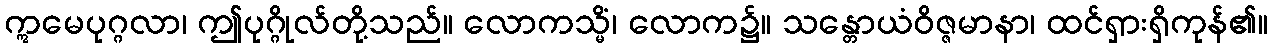
ဣမေပုဂ္ဂလာ၊ ဤပုဂ္ဂိုလ်တို့သည်။ လောကသ္မိံ၊ လောက၌။ သန္တောယံဝိဇ္ဇမာနာ၊ ထင်ရှားရှိကုန်၏။